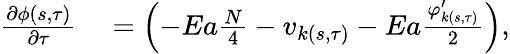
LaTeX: \begin{array}{rl}{\frac{\partial\phi(s,\tau)}{\partial\tau}}&{{}=\left(-Ea\frac{N}{4}-v_{k(s,\tau)}-Ea\frac{\varphi_{k(s,\tau)}^{\prime}}{2}\right),}\end{array}